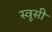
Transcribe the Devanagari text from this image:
स्वूसी